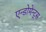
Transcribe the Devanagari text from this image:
एन्डोमेन्ट्‌स